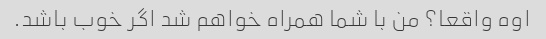
اوه واقعا؟ من با شما همراه خواهم شد اگر خوب باشد.